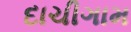
દાચીગામ